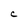
Character: C